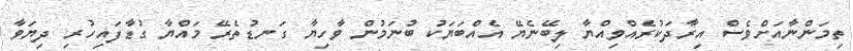
ތިމަންނާއަށްވެސް އިރާދަކުރެއްވިއްޔާ ލިބޭނެޔޭ އެއްބަޔަކު ބުނަމުން ވާހިޔާ ގަނޑުތެރޭ މައްޔާ ގުޑާފައިހުރި ދިޔަވާ